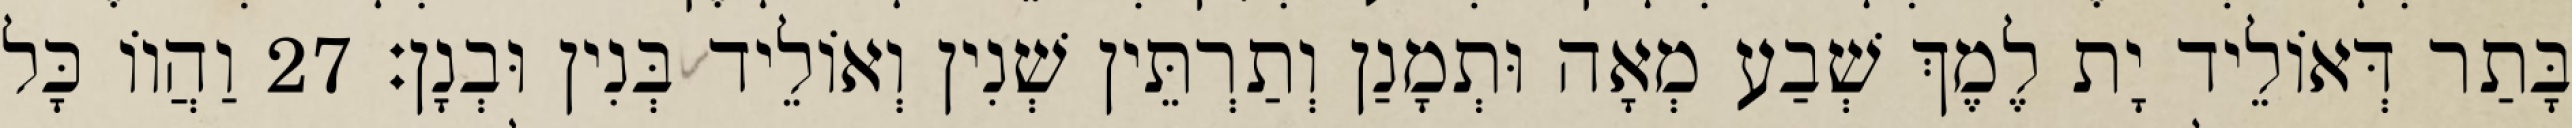
בָּתַר דְּאוֹלֵיד יָת לֶמֶךְ שְׁבַע מְאָה וּתְמָנַן וְתַרְתֵּין שְׁנִין וְאוֹלֵיד בְּנִין וּבְנָן׃ 27 וַהֲווֹ כָּל